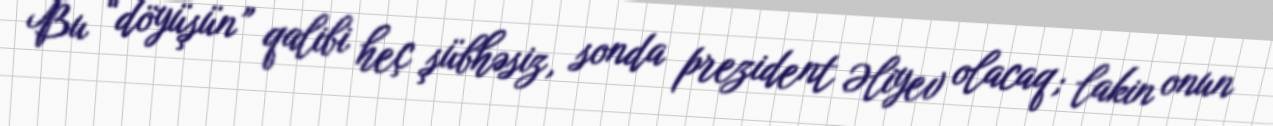
Bu “döyüşün” qalibi heç şübhəsiz, sonda prezident Əliyev olacaq; lakin onun